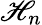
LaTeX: \mathscr{H}_{n}